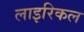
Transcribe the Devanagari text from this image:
लाइरिकल